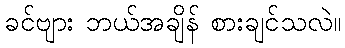
ခင်ဗျား ဘယ်အချိန် စားချင်သလဲ။